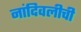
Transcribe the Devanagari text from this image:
नांदिवलीची